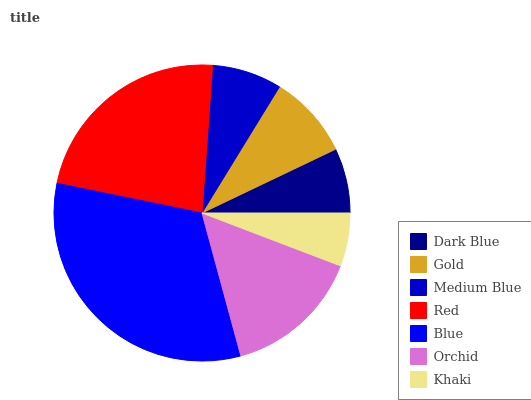
| Dark Blue | Gold | Medium Blue | Red | Blue | Orchid | Khaki |
 | --- | --- | --- | --- | --- | --- | --- |
 | 7.08% | 9.15% | 7.62% | 22.9% | 32.5% | 15% | 5.79% |